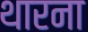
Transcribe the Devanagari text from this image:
थारना